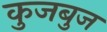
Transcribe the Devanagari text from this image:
कुजबुज